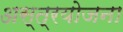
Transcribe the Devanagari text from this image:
अस्त्रयोजना